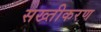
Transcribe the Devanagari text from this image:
सख्तीकरण